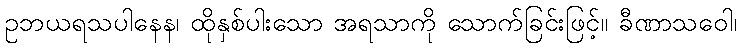
ဥဘယရသပါနေန၊ ထိုနှစ်ပါးသော အရသာကို သောက်ခြင်းဖြင့်။ ခီဏာသဝေါ၊